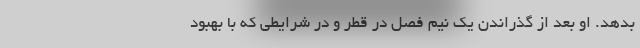
بدهد. او بعد از گذراندن یک نیم فصل در قطر و در شرایطی که با بهبود